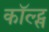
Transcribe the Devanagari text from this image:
कॉल्ट्स